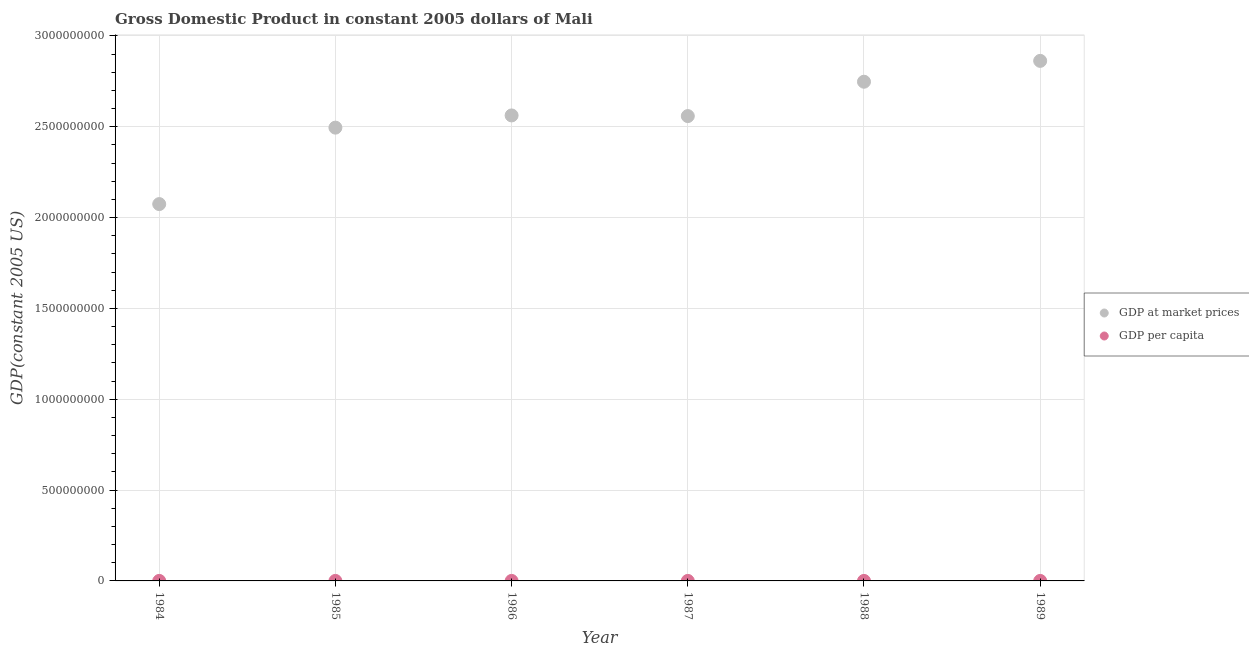
| Year | GDP at market prices | GDP per capita |
 | --- | --- | --- |
 | 1984 | 2.07e+09 | 270 |
 | 1985 | 2.5e+09 | 319 |
 | 1986 | 2.56e+09 | 322 |
 | 1987 | 2.56e+09 | 317 |
 | 1988 | 2.75e+09 | 336 |
 | 1989 | 2.86e+09 | 344 |